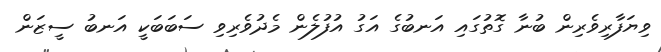
ވިޔަފާރިވެރިން ބުނާ ގޮތުގައި އަނބުގެ އަގު އުފުލެން މެދުވެރިވި ސަބަބަކީ އަނބު ސީޒަން